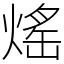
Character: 熎